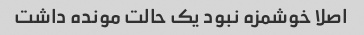
اصلا خوشمزه نبود یک حالت مونده داشت